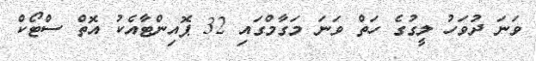
ވަނަ ދުވަހު ލީގުގެ ހަތް ވަނަ މަގާމްގައި 32 ޕޮއިންޓާއެކު އޮތް ސްޓޯކް